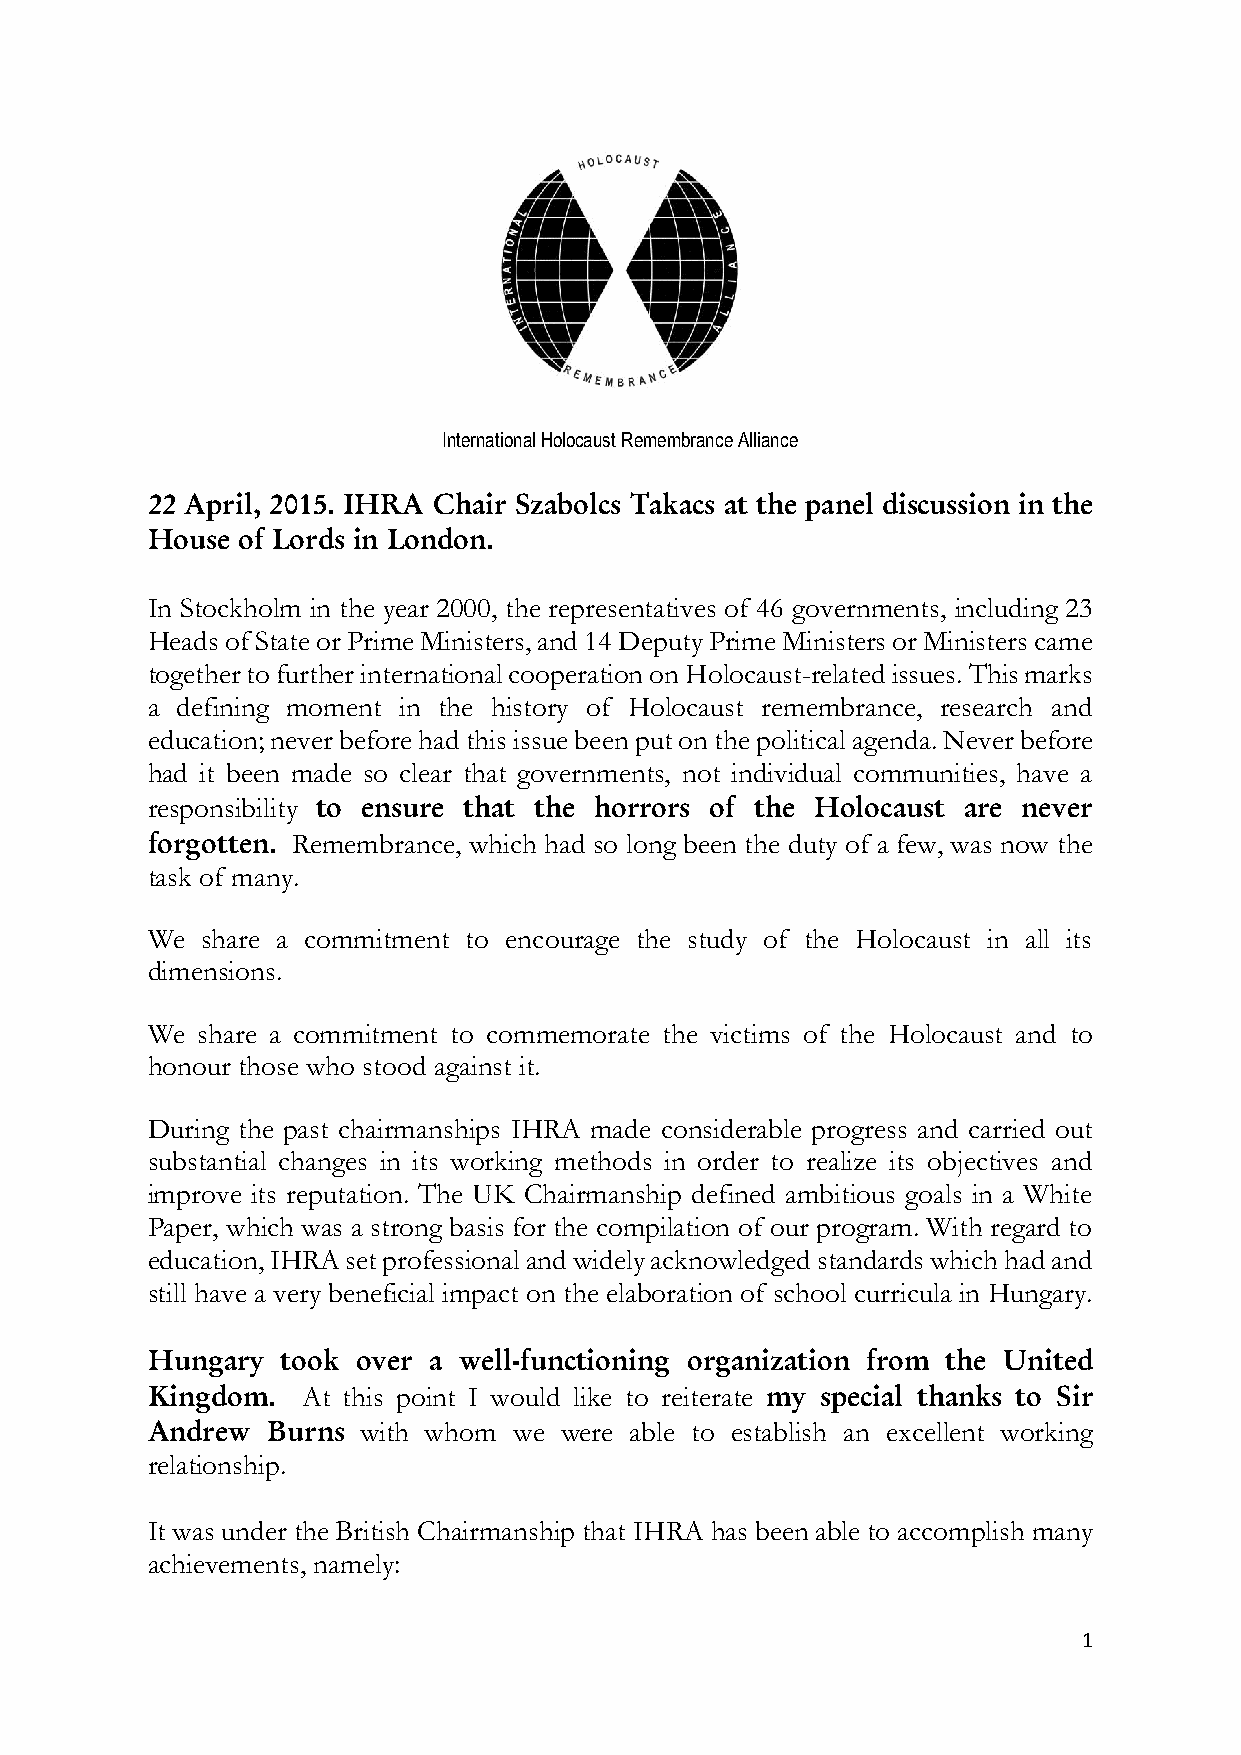
International Holocaust Remembrance Alliance
 22 April, 2015. IHRA Chair Szabolcs Takacs at the panel discussion in the
 House of Lords in London.
 In Stockholm in the year 2000, the representatives of 46 governments, including 23
 Heads of State or Prime Ministers, and 14 Deputy Prime Ministers or Ministers came
 together to further international cooperation on Holocaust-related issues. This marks
 a defining moment in the history of Holocaust remembrance, research and
 education; never before had this issue been put on the political agenda. Never before
 had it been made so clear that governments, not individual communities, have a
 responsibility to ensure that the horrors of the Holocaust are never
 forgotten. Remembrance, which had so long been the duty of a few, was now the
 task of many.
 We share a commitment to encourage the study of the Holocaust in all its
 dimensions.
 We share a commitment to commemorate the victims of the Holocaust and to
 honour those who stood against it.
 During the past chairmanships IHRA made considerable progress and carried out
 substantial changes in its working methods in order to realize its objectives and
 improve its reputation. The UK Chairmanship defined ambitious goals in a White
 Paper, which was a strong basis for the compilation of our program. With regard to
 education, IHRA set professional and widely acknowledged standards which had and
 still have a very beneficial impact on the elaboration of school curricula in Hungary.
 Hungary  took over a well-functioning organization from the United
 Kingdom.  At this point I would like to reiterate my special thanks to Sir
 Andrew  Burns with whom we were able to establish an excellent working
 relationship.
 It was under the British Chairmanship that IHRA has been able to accomplish many
 achievements, namely:
 1